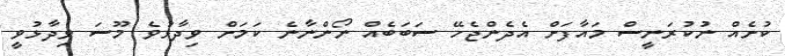
ކުށެއް ނުކުރަނީސް މައާފަށް އެދެންޖެހޭ ސަބަބެއް ނޯންނާނެ ކަމަށް ވިދާޅުވެ މޫސަ ވިދާޅުވީ